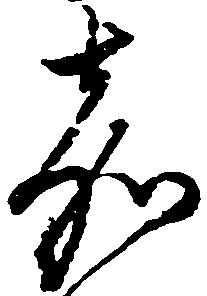
嘉